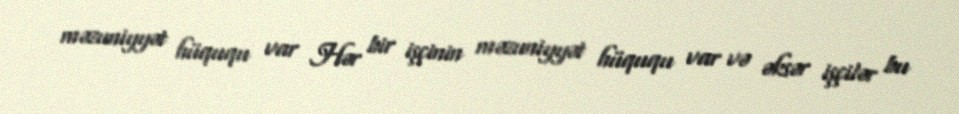
məzuniyyət hüququ var Hər bir işçinin məzuniyyət hüququ var və əksər işçilər bu